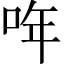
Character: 哖